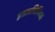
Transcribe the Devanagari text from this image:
इसअधिनियम